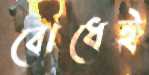
বোধেই